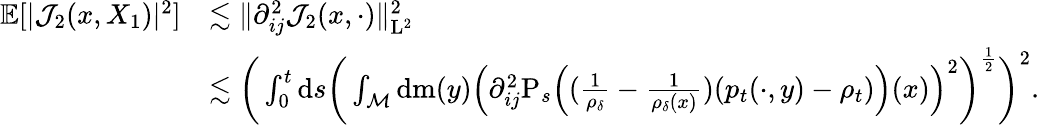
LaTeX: \begin{array}{rl}{\mathbb{E}[\vert\mathcal{J}_{2}(x,X_{1})\vert^{2}]}&{\lesssim\| \partial_{ij}^{2}\mathcal{J}_{2}(x,\cdot)\| _{\mathrm{L}^{2}}^{2}}\\ &{\lesssim\bigg(\int_{0}^{t}\mathrm{d}s\bigg(\int_{\mathcal{M}}\mathrm{d}\mathrm{m}(y)\Big(\partial_{ij}^{2}\mathrm{P}_{s}\Big((\frac{1}{\rho_{\delta}}-\frac{1}{\rho_{\delta}(x)})(p_{t}(\cdot,y)-\rho_{t})\Big)(x)\Big)^{2}\bigg)^{\frac{1}{2}}\bigg)^{2}.}\end{array}